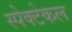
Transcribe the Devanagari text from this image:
स्पेक्टेकल